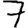
Digit: 7